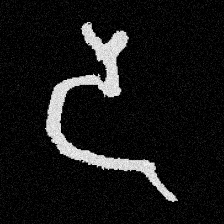
Pyu character \u2014 Myanmar letter: ဒ (romanized: da)